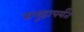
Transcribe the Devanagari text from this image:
समूहापर्यंत